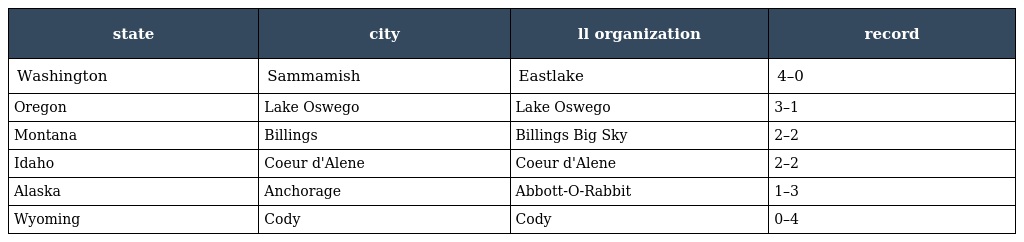
| state | city | ll organization | record |
 | --- | --- | --- | --- |
 | Washington | Sammamish | Eastlake | 4–0 |
 | Oregon | Lake Oswego | Lake Oswego | 3–1 |
 | Montana | Billings | Billings Big Sky | 2–2 |
 | Idaho | Coeur d'Alene | Coeur d'Alene | 2–2 |
 | Alaska | Anchorage | Abbott-O-Rabbit | 1–3 |
 | Wyoming | Cody | Cody | 0–4 |